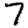
Digit: 7